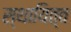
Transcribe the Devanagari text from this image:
स्थायित्‍व